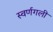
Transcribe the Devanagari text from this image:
स्वर्णगली